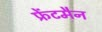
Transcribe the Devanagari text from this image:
फ्रेंटमैन